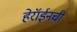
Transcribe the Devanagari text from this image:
हेरॉईनची